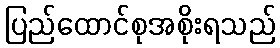
ပြည်ထောင်စုအစိုးရသည်